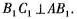
B_{1}C_{1}\bot AB_{1}。